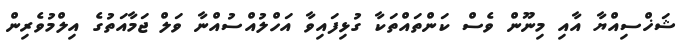
ޝަޚްސިއްޔާ އާއި މިނޫން ވެސް ކަންތައްތަކާ ގުޅިފައިވާ އަހްލުއްސުއްނާ ވަލް ޖަމާއަތުގެ އިލްމުވެރިން